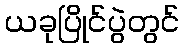
ယခုပြိုင်ပွဲတွင်